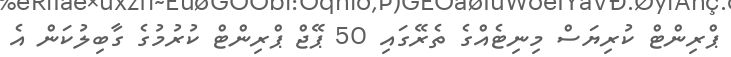
ޕްރިންޓް ކުރިޔަސް މިނިޓެއްގެ ތެރޭގައި 50 ޕޭޖް ޕްރިންޓް ކުރުމުގެ ގާބިލުކަން އެ